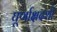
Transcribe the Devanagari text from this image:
घूर्णाक्षदर्शी